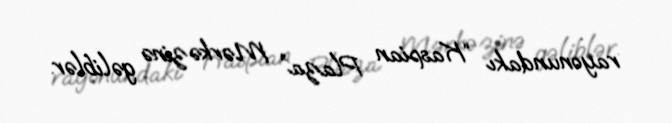
rayonundakı “Kaspian Plaza” Mərkəzinə gəliblər.